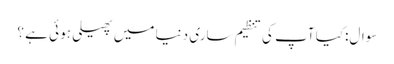
سوال:کیا آپ کی تنظیم ساری دنیا میں پھیلی ہو ئی ہے ؟